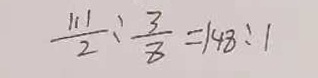
\frac { 1 1 1 } { 2 } : \frac { 3 } { 8 } = 1 4 8 : 1